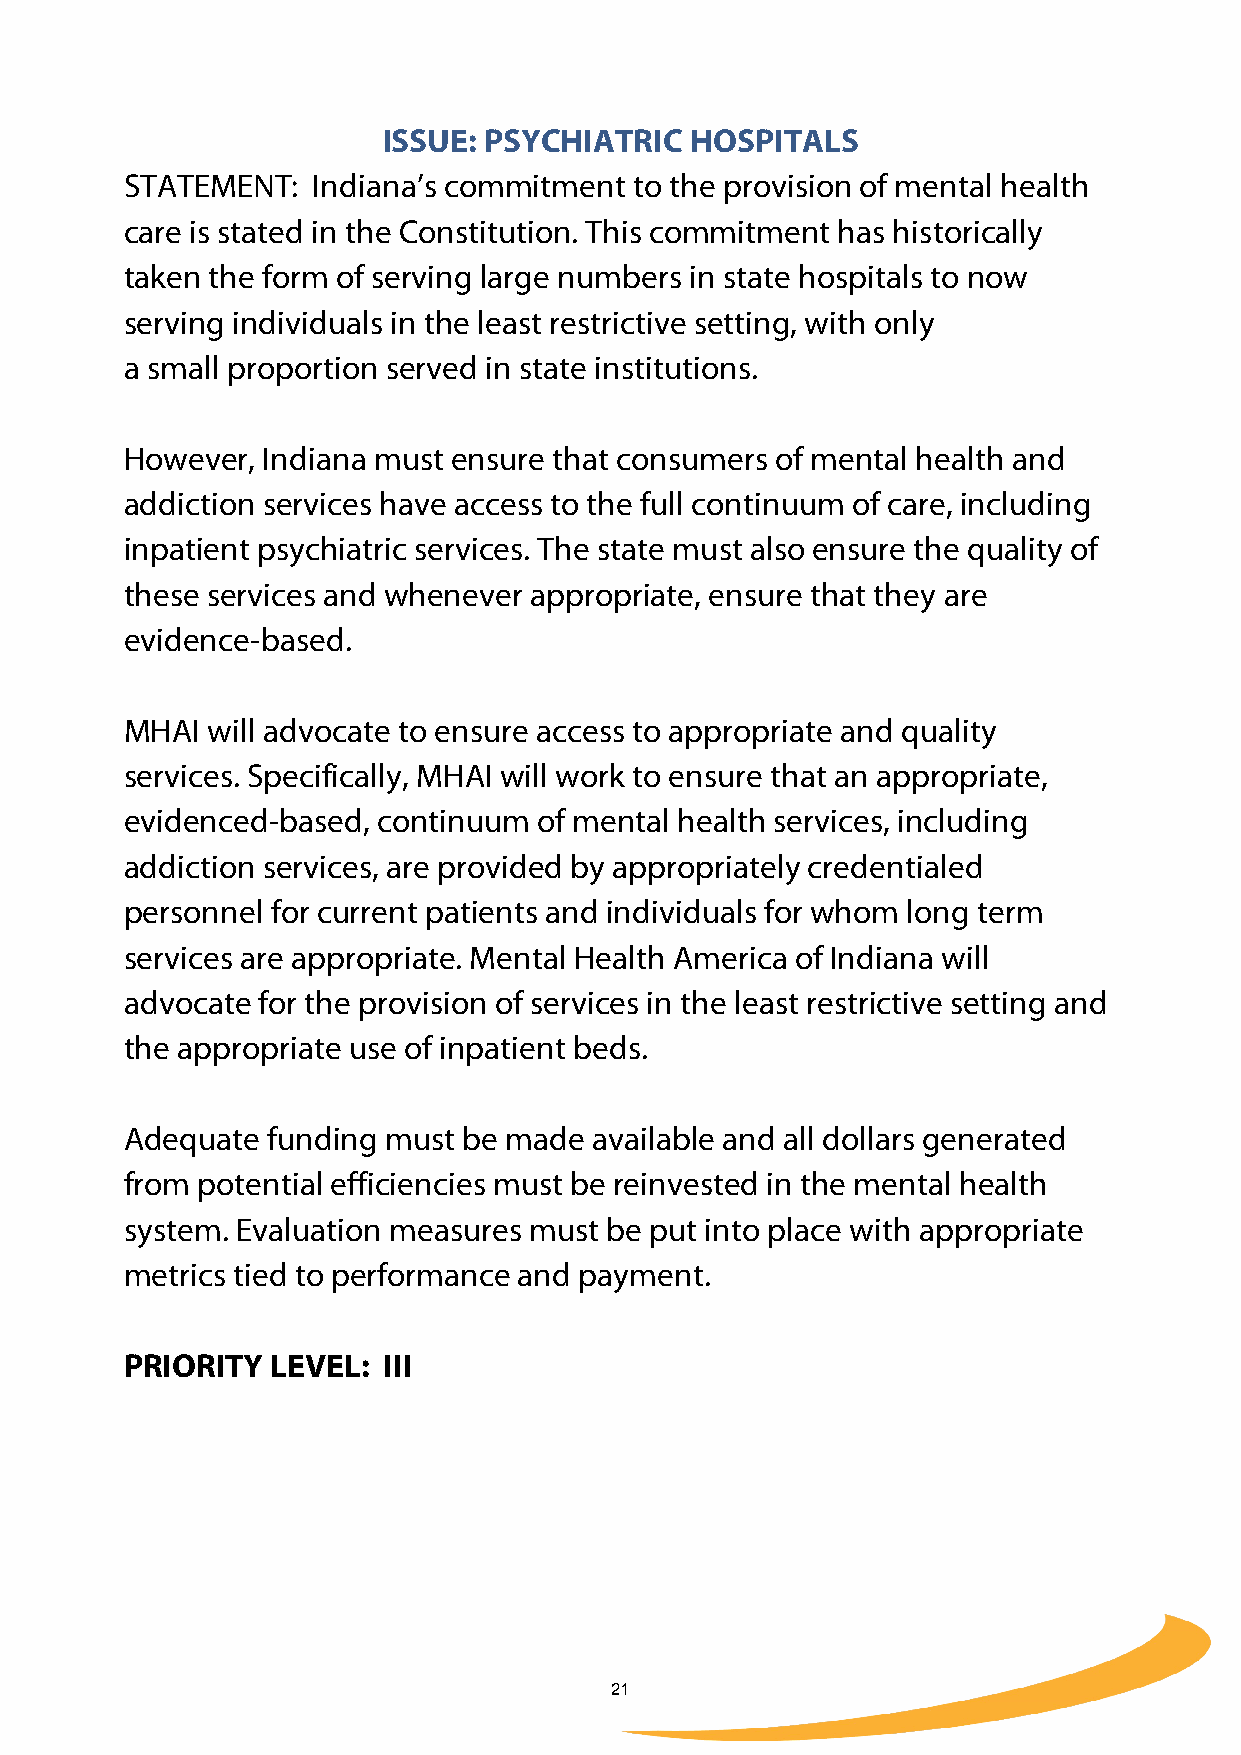
ISSUE: PSYCHIATRIC   HOSPITALS
 STATEMENT:   Indiana’s commitment to the provision of mental health
 care is stated in the Constitution. This commitment has historically
 taken the form of serving large numbers in state hospitals to now
 serving individuals in the least restrictive setting, with only
 a small proportion served in state institutions.
 However, Indiana must ensure that consumers of mental health and
 addiction services have access to the full continuum of care, including
 inpatient psychiatric services. The state must also ensure the quality of
 these services and whenever appropriate, ensure that they are
 evidence-based.
 MHAI  will advocate to ensure access to appropriate and quality
 services. Specifically, MHAI will work to ensure that an appropriate,
 evidenced-based, continuum  of mental health services, including
 addiction services, are provided by appropriately credentialed
 personnel for current patients and individuals for whom long term
 services are appropriate. Mental Health America of Indiana will
 advocate for the provision of services in the least restrictive setting and
 the appropriate use of inpatient beds.
 Adequate  funding must be made available and all dollars generated
 from potential efficiencies must be reinvested in the mental health
 system. Evaluation measures must be put into place with appropriate
 metrics tied to performance and payment.
 PRIORITY  LEVEL: III
 21